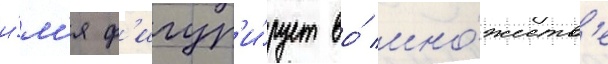
и́м'я ф'игур'и́рует во́ мно́жеств'е